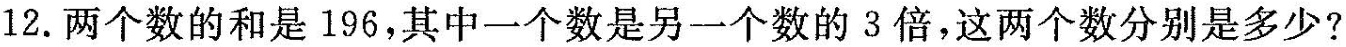
12. 两个数的和是196，其中一个数是另一个数的 3 倍，这两个数分别是多少?